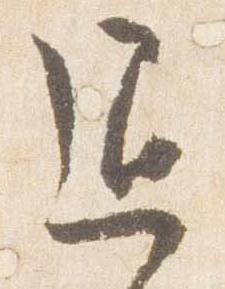
退